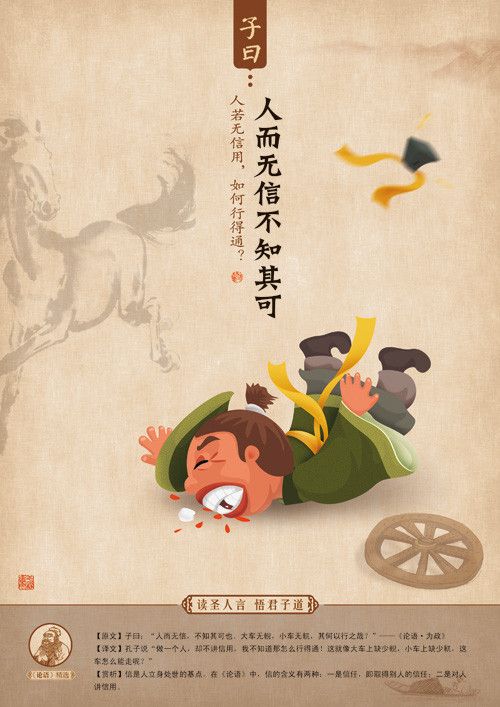
人而无信，不知其可也。